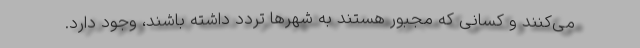
می‌کنند و کسانی که مجبور هستند به شهر‌ها تردد داشته باشند، وجود دارد.